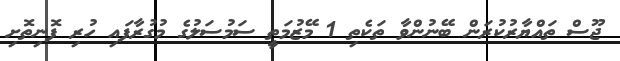
ޖޫސް ތައްޔާރުކުރަން ބޭނުންވާ ތަކެތި 1 މޭޒުމަތީ ސަމުސަލުގެ މުގުރާފައި ހުރި ފޮނިތޮށި